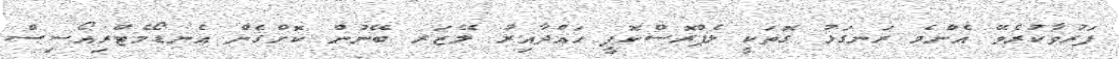
ފަރުވާކުރެވޭ އެންމެ ރަނގަޅު ގޮތަކީ ލެޕްރޮސްކޮޕީ ހައްދާއިރު ލޭޒަރ ބޭނުން ކޮށްގެން އެނޑޯމެޓްރިއޯސިސް